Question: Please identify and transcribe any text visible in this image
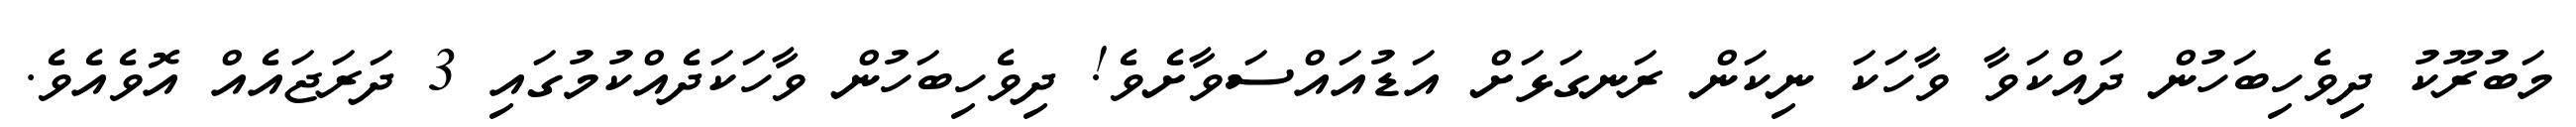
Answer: މަބުރޫކު ދިވެހިބަހުން ދައްކަވާ ވާހަކަ ނިކަން ރަނގަޅަށް އަޑުއައްސަވާށެވެ! ދިވެހިބަހުން ވާހަކަދެއްކުމުގައި 3 ދަރަޖައެއް އޮވެއެވެ.